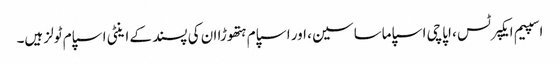
اسپیم ایکپرٹس ، اپاچی اسپاماساسین ، اور اسپام ہتھوڑا ان کی پسند کے اینٹی اسپام ٹولز ہیں۔